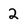
Character: 2